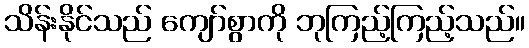
သိန်းနိုင်သည် ကျော်စွာကို ဘုကြည့်ကြည့်သည်။